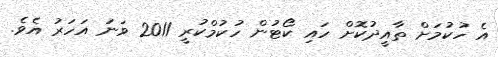
އެ ހުކުމަށް ތާއީދުކޮށް ހައި ކޯޓުން ހުކުމްކުރީ 2011 ވަނަ އަހަރު އެވެ.